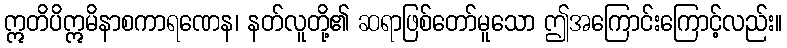
ဣတိပိဣမိနာစကာရဏေန၊ နတ်လူတို့၏ ဆရာဖြစ်တော်မူသော ဤအကြောင်းကြောင့်လည်း။